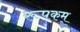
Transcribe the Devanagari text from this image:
रूपकम्